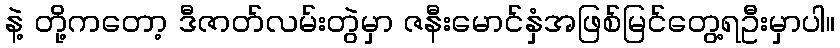
နဲ့ တို့ကတော့ ဒီဇာတ်လမ်းတွဲမှာ ဇနီးမောင်နှံအဖြစ်မြင်တွေ့ရဦးမှာပါ။